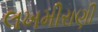
લખમીરાણી